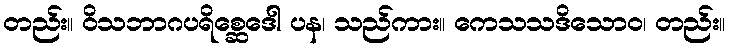
တည်း။ ဝိသဘာဂပရိစ္ဆေဒေါ ပန၊ သည်ကား။ ကေသသဒိသောဝ၊ တည်း။